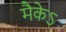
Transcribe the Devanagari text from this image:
मैकेऽ